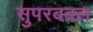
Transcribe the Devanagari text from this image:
सुपरबबल